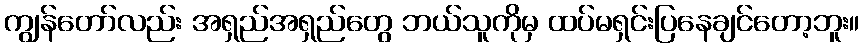
ကျွန်တော်လည်း အရှည်အရှည်တွေ ဘယ်သူကိုမှ ထပ်မရှင်းပြနေချင်တော့ဘူး။